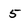
Character: 5